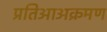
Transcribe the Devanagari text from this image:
प्रतिआअक्रमण